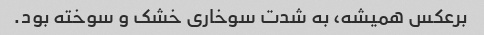
برعکس همیشه، به شدت سوخاری خشک و سوخته بود.